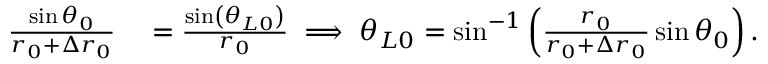
\begin{array} { r l } { \frac { \sin \theta _ { 0 } } { r _ { 0 } + \Delta r _ { 0 } } } & { { } = \frac { \sin \left( \theta _ { L 0 } \right) } { r _ { 0 } } \implies \theta _ { L 0 } = \sin ^ { - 1 } \left( \frac { r _ { 0 } } { r _ { 0 } + \Delta r _ { 0 } } \sin \theta _ { 0 } \right) . } \end{array}